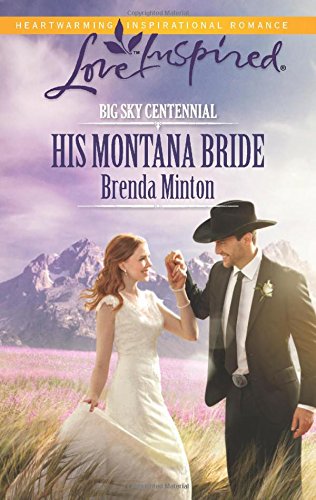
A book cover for His Montana Bride (Big Sky Centennial); Brenda Minton; Christian Books & Bibles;